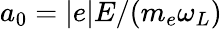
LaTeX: a_{0}=\left|e\right|E/(m_{e}\omega_{L})